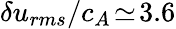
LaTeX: \delta u_{rms}/c_{A}\! \simeq\! 3.6